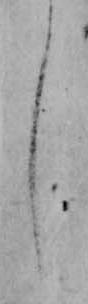
し